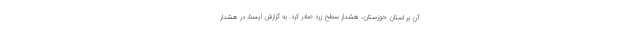
آن بر استان خوزستان، هشدار سطح زرد صادر کرد. به گزارش ایسنا، در هشدار